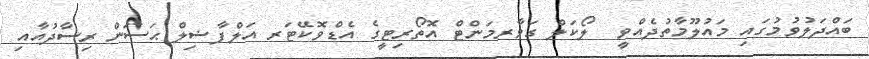
ބައްދަލުވުމުގައި މައުލޫމާތުދެއްވީ  ލޯކަލް ގަވާރމަންޓް އޮތޯރިޓީގެ އެޑްވޮކޭޓަރ އަލްފާޟިލް ޙަސަން ރިސާދުއާއި